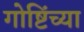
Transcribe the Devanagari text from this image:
गोष्टिंच्या